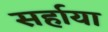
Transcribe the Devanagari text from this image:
सर्हाया